Report of the Indian Hemp Drugs Commission, 1894-1895 - Volume VIII
Year: 1894
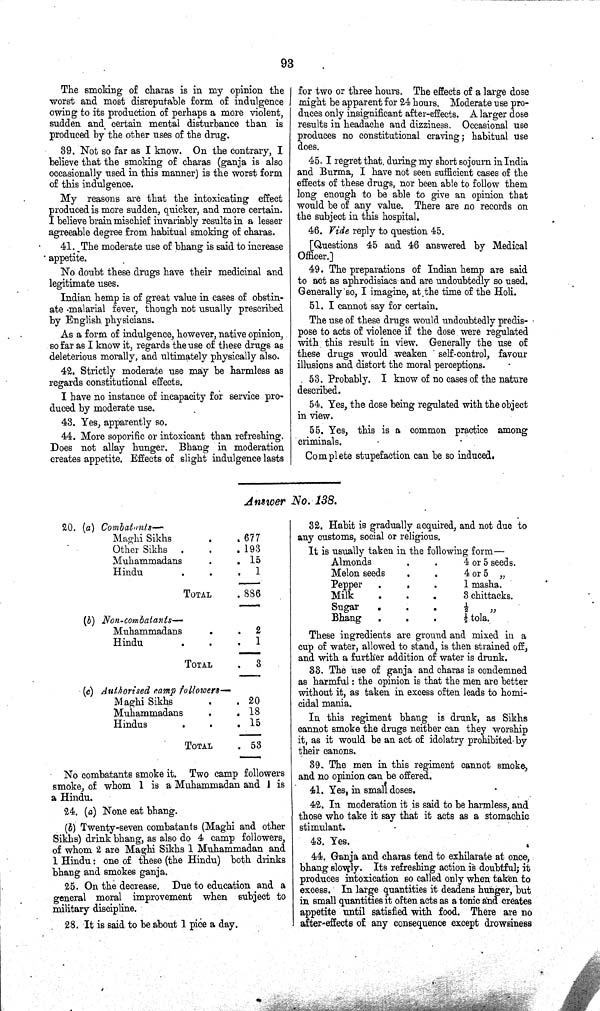
93
The smoking of charas is in my opinion the
worst and most disreputable form of indulgence
owing to its production of perhaps a more violent,
sudden and certain mental disturbance than is
produced by the other uses of the drug.
39. Not so far as I know. On the contrary, I
believe that the smoking of charas (ganja is also
occasionally used in this manner) is the worst form
of this indulgence.
My reasons are that the intoxicating effect
produced is more sudden, quicker, and more certain.
I believe brain mischief invariably results in a lesser
agreeable degree from habitual smoking of charas.
41. The moderate use of bhang is said to increase
appetite.
No doubt these drugs have their medicinal and
legitimate uses.
Indian hemp is of great value in cases of obstin¬
ate malarial fever, though not usually prescribed
by English physicians.
As a form of indulgence, however, native opinion,
so far as I know it, regards the use of these drugs as
deleterious morally, and ultimately physically also.
42. Strictly moderate use may be harmless as
regards constitutional effects.
I have no instance of incapacity for service pro¬
duced by moderate use.
43. Yes, apparently so.
44. More soporific or intoxicant than refreshing.
Does not allay hunger. Bhang in moderation
creates appetite. Effects of slight indulgence lasts
for two or three hours. The effects of a large dose
might be apparent for 24 hours. Moderate use pro¬
duces only insignificant after-effects. A larger dose
results in headache and dizziness. Occasional use
produces no constitutional craving; habitual use
does.
45. I regret that during my short sojourn in India
and Burma, I have not seen sufficient cases of the
effects of these drugs, nor been able to follow them
long enough to be able to give an opinion that
would be of any value. There are no records on
the subject in this hospital.
46. Vide reply to question 45.
[Questions 45 and 46 answered by Medical
Officer.]
49. The preparations of Indian hemp are said
to act as aphrodisiacs and are undoubtedly so used.
Generally so, I imagine, at the time of the Holi.
51. I cannot say for certain.
The use of these drugs would undoubtedly predis¬
pose to acts of violence if the dose were regulated
with this result in view. Generally the use of
these drugs would weaken self-control, favour
illusions and distort the moral perceptions.
53. Probably. I know of no cases of the nature
described.
54. Yes, the dose being regulated with the object
in view.
55. Yes, this is a common practice among
criminals.
Complete stupefaction can be so induced.
Answer No. 138.
20. (a) Combatants—
Maghi Sikhs
677
Other Sikhs
193
Muhammadans
15
Hindu
1
TOTAL
886
(b) Non-combatants—
Muhammadans
2
Hindu
1
TOTAL
3
(c) Authorised camp followers—
Maghi Sikhs
20
Muhammadans
18
Hindus
15
TOTAL
53
No combatants smoke it. Two camp followers
smoke, of whom 1 is a Muhammadan and 1 is
a Hindu.
24. (a) None eat bhang.
(b) Twenty-seven combatants (Maghi and other
Sikhs) drink bhang, as also do 4 camp followers,
of whom 2 are Maghi Sikhs 1 Muhammadan and
1 Hindu: one of these (the Hindu) both drinks
bhang and smokes ganja.
25. On the decrease. Due to education and a
general moral improvement when subject to
military discipline.
28. It is said to be about 1 pice a day.
32. Habit is gradually acquired, and not due to
any customs, social or religious.
It is usually taken in the following form—
Almonds
4 or 5 seeds.
Melon seeds
4 or 5 "
Pepper
1 masha.
Milk
3 chittacks.
Sugar
1/2 "
Bhang
1/2 tola.
These ingredients are ground and mixed in a
cup of water, allowed to stand, is then strained off,
and with a further addition of water is drunk.
33. The use of ganja and charas is condemned
as harmful: the opinion is that the men are better
without it, as taken in excess often leads to homi¬
cidal mania.
In this regiment bhang is drunk, as Sikhs
cannot smoke the drugs neither can they worship
it, as it would be an act of idolatry prohibited by
their canons.
39. The men in this regiment cannot smoke,
and no opinion can be offered.
41. Yes, in small doses.
42. In moderation it is said to be harmless, and
those who take it say that it acts as a stomachic
stimulant.
43. Yes.
44. Ganja and charas tend to exhilarate at once,
bhang slowly. Its refreshing action is doubtful; it
produces intoxication so called only when taken to
excess. In large quantities it deadens hunger, but
in small quantities it often acts as a tonic and creates
appetite until satisfied with food. There are no
after-effects of any consequence except drowsiness